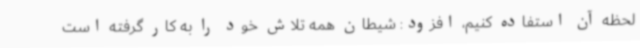
لحظه آن استفاده کنیم، افزود: شیطان همه تلاش خود را به کار گرفته است